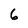
Character: 6